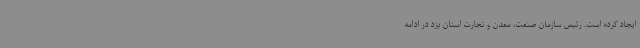
ایجاد کرده است. رئیس سازمان صنعت، معدن و تجارت استان یزد در ادامه